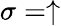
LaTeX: \sigma=\uparrow